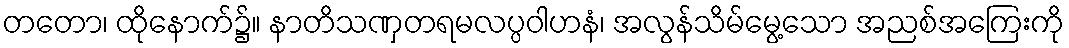
တတော၊ ထိုနောက်၌။ နာတိသဏှတရမလပ္ပဝါဟနံ၊ အလွန်သိမ်မွေ့သော အညစ်အကြေးကို